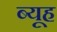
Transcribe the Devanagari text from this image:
ब्यूह